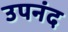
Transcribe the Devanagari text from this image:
उपनंद